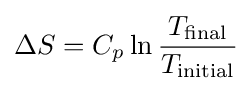
\Delta S=C_{p}\ln {\frac {T_{\mathrm {final} }}{T_{\mathrm {initial} }}}